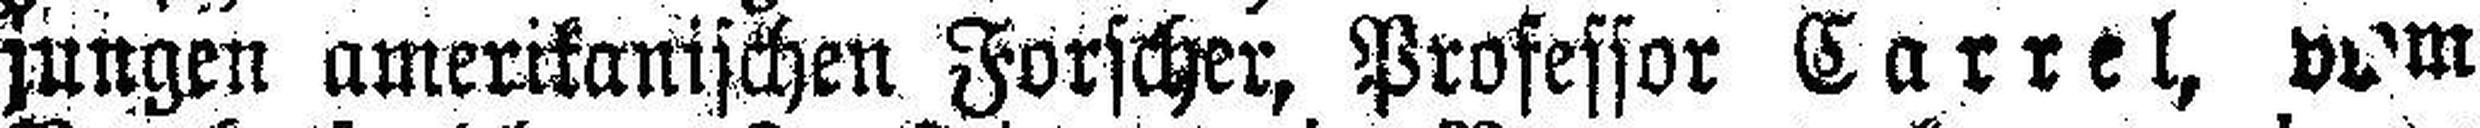
jungen amerikanischen Forscher, Professor Carrel, vom